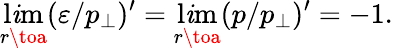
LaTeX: \operatorname*{l\mathit{i}m}_{r\toa}(\varepsilon/p_{\perp})^{\prime}=\operatorname*{l\mathit{i}m}_{r\toa}(p/p_{\perp})^{\prime}=-1.